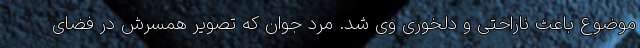
موضوع باعث ناراحتی و دلخوری وی شد. مرد جوان که تصویر همسرش در فضای